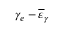
\gamma _ { e } - \overline { { \varepsilon } } _ { \gamma }